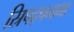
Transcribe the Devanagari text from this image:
स्रिपद्पनाभा